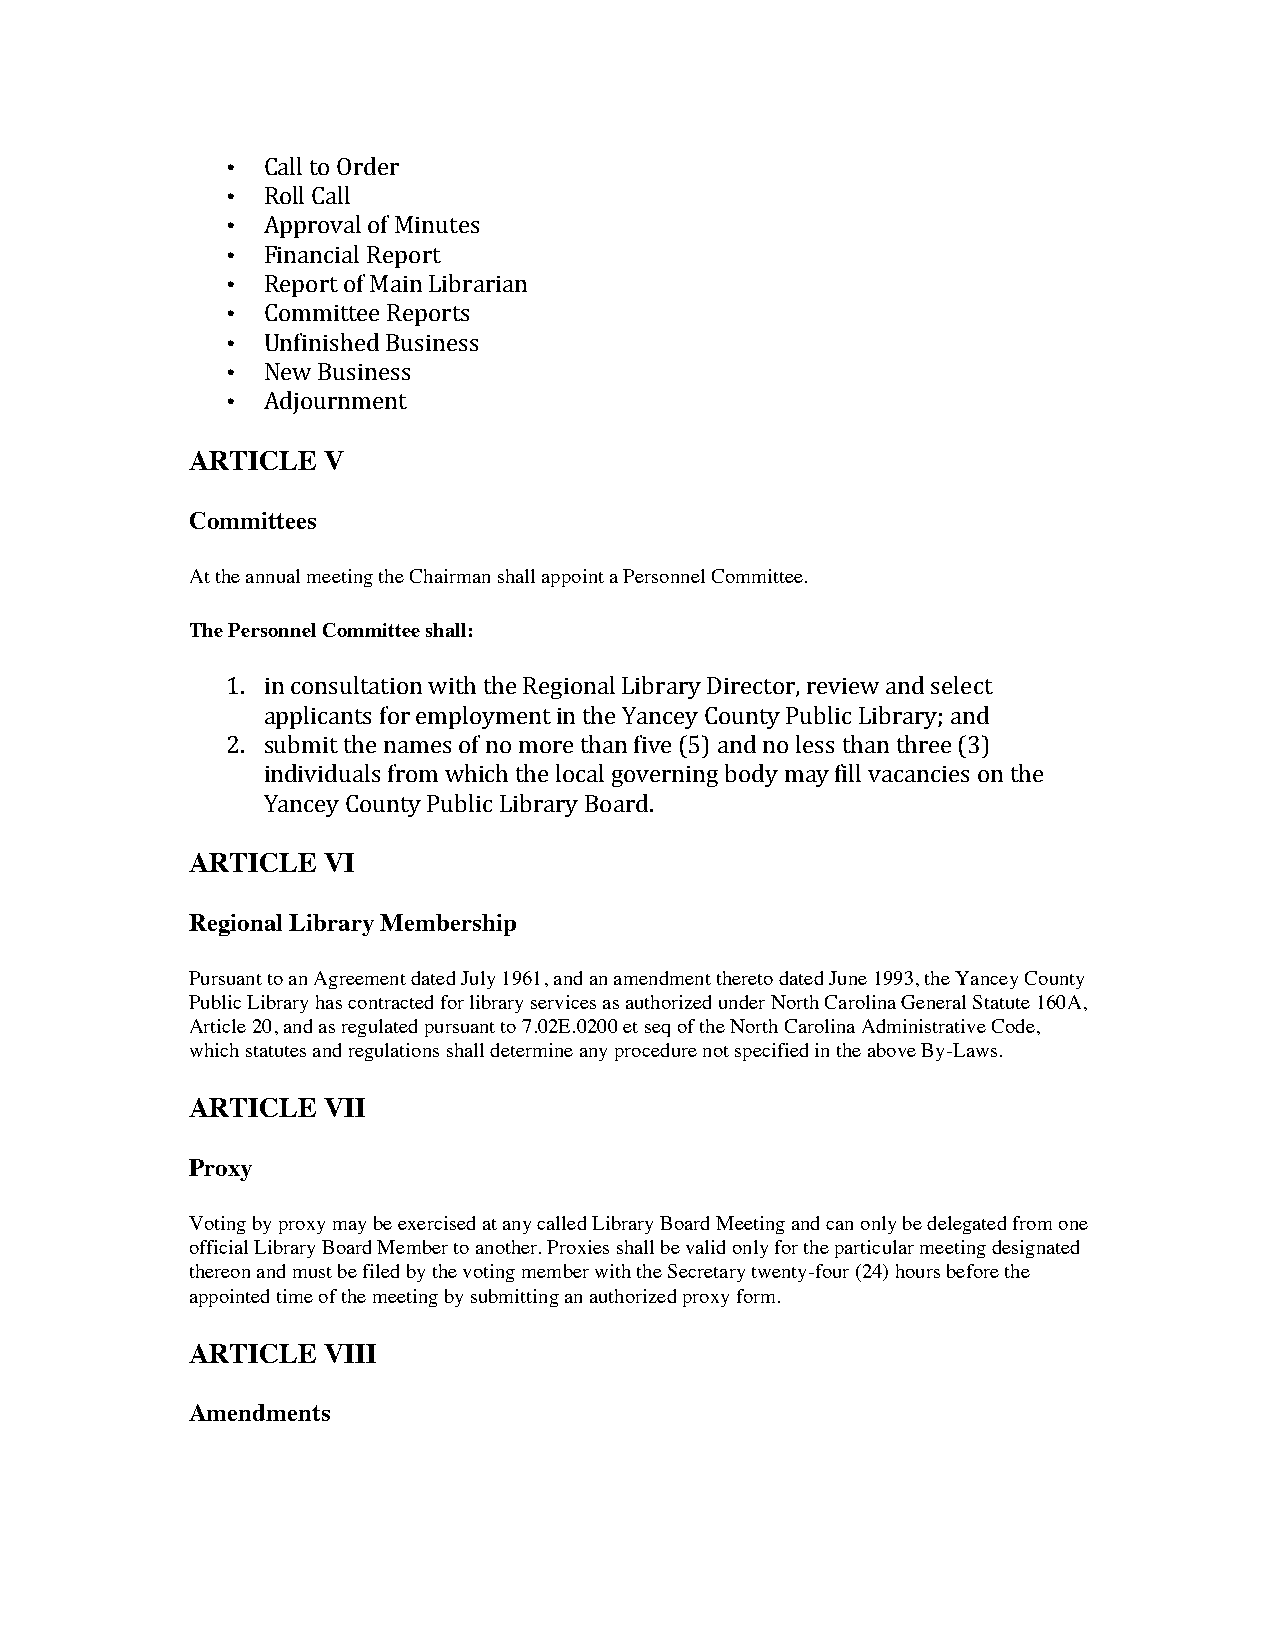
• Call to Order
 • Roll Call
 • Approval of Minutes
 • Financial Report
 • Report of Main Librarian
 • Committee Reports
 • Unfinished Business
 • New Business
 • Adjournment
 ARTICLE  V
 Committees
 At the annual meeting the Chairman shall appoint a Personnel Committee.
 The Personnel Committee shall:
 1. in consultation with the Regional Library Director, review and select
 applicants for employment in the Yancey County Public Library; and
 2. submit the names of no more than five (5) and no less than three (3)
 individuals from which the local governing body may fill vacancies on the
 Yancey County Public Library Board.
 ARTICLE  VI
 Regional Library Membership
 Pursuant to an Agreement dated July 1961, and an amendment thereto dated June 1993, the Yancey County
 Public Library has contracted for library services as authorized under North Carolina General Statute 160A,
 Article 20, and as regulated pursuant to 7.02E.0200 et seq of the North Carolina Administrative Code,
 which statutes and regulations shall determine any procedure not specified in the above By-Laws.
 ARTICLE  VII
 Proxy
 Voting by proxy may be exercised at any called Library Board Meeting and can only be delegated from one
 official Library Board Member to another. Proxies shall be valid only for the particular meeting designated
 thereon and must be filed by the voting member with the Secretary twenty-four (24) hours before the
 appointed time of the meeting by submitting an authorized proxy form.
 ARTICLE  VIII
 Amendments